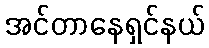
အင်တာနေရှင်နယ်